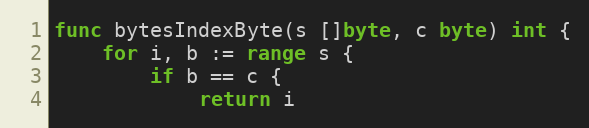
Language: Go
func bytesIndexByte(s []byte, c byte) int {
	for i, b := range s {
		if b == c {
			return i